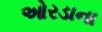
ઓરડાના